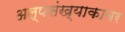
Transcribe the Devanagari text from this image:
अल्पसंख्याकावर